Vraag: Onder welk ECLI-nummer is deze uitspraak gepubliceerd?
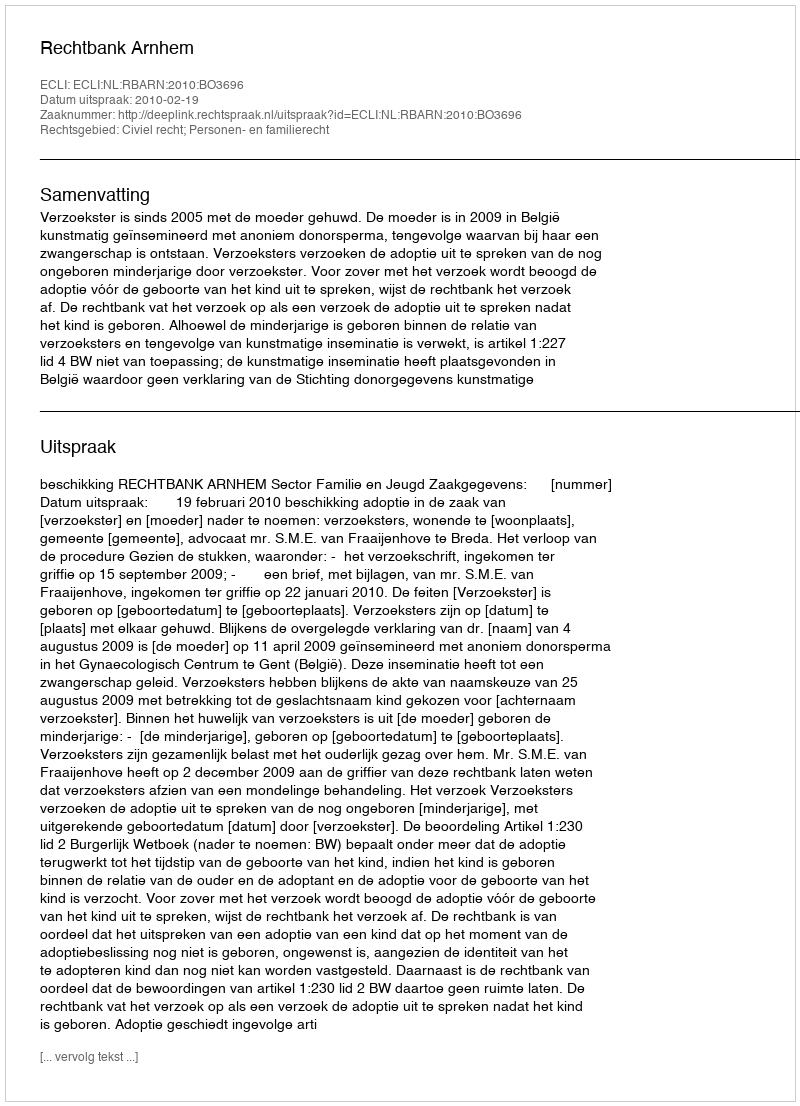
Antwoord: ECLI:NL:RBARN:2010:BO3696